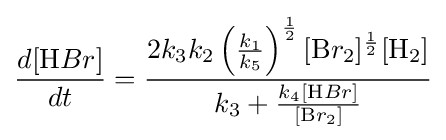
{\frac {d[{\ce {H}}Br]}{dt}}={\frac {2k_{3}k_{2}\left({\frac {k_{1}}{k_{5}}}\right)^{\frac {1}{2}}[{\ce {B}}r_{2}]^{\frac {1}{2}}[{\ce {H}}_{2}]}{k_{3}+{\frac {k_{4}[{\ce {H}}Br]}{[{\ce {B}}r_{2}]}}}}